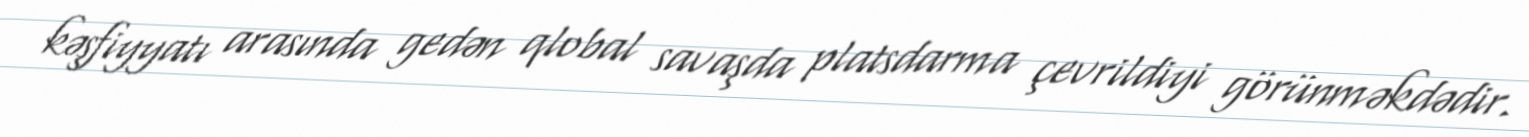
kəşfiyyatı arasında gedən qlobal savaşda platsdarma çevrildiyi görünməkdədir.